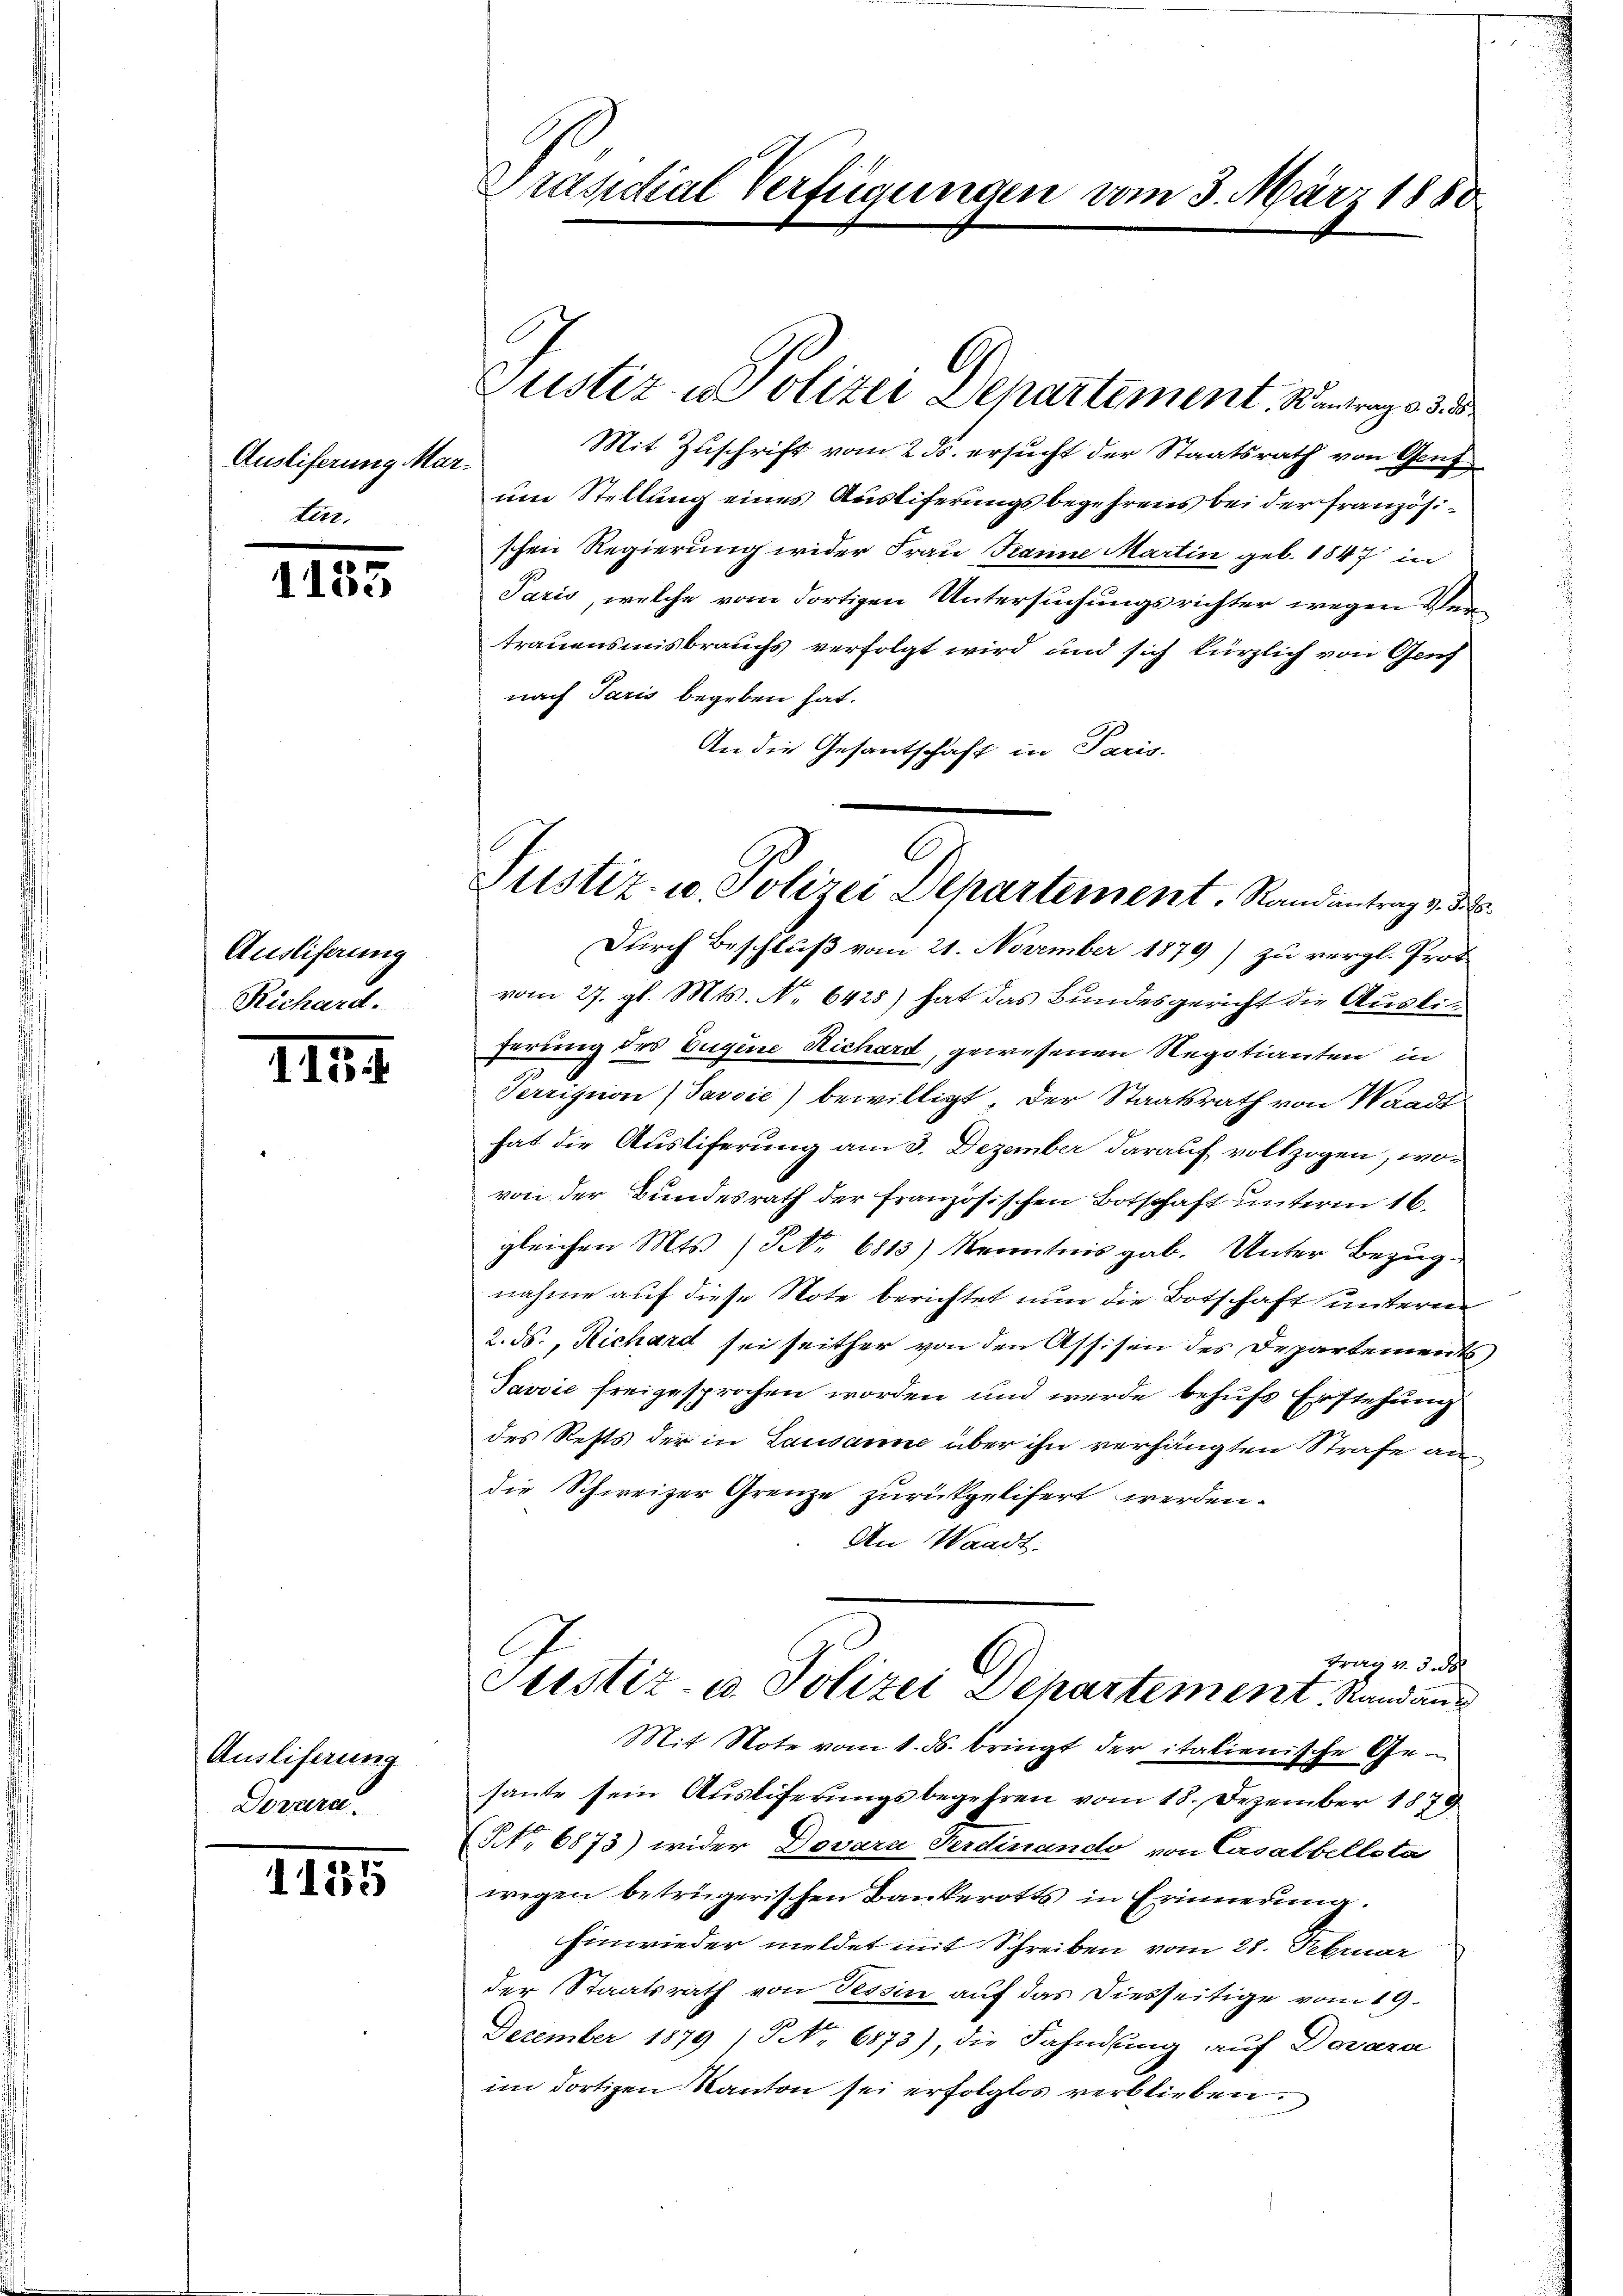
Ausliferung Mar¬
Lett

1153

Ausliferung
Richard.

1114.

Ausliferung
Dowera.

1155

Präsidial Verfügungen vom 3. März 1888

Mit Zuschrift vom 2. ds. ersucht der Staatsrath von Genf
um Stellung eines Ausliferungsbegehrens bei der Französischen Regierung wider Frau Teanne Martin geb. 1847 in
Paris, welche vom dortigen Untersuchungsrichter wegen Vertrauensmisbrauchs verfolgt wird und sich kürzlich von Genf
nach Paris begeben hat.
An die Gesantschaft in Paris.
Durch Beschluß vom 21. November 1879) zu vergl. Prot
vom 27. gl. Mts. No 6428) hat das Bundesgericht die Ausli
ferung des Eugene Richard, gewesenen Regotianten in
Perrission (Javvić) bewilligt, der Staatsrath von Waadt
hat die Austiferung am 3. Dezember darauf vollzogen, wovon der Bundesrath der französischen Botschaft unterm 16.
gleichen Mts. (Nr. 6813) Kenntnis gab. Unter Bezugnahme auf diese Note berichtet nun die Botschaft untern
2. ds., Richard sei seither von den Assisen des Departements,
Javvić freigesprochen worden und werde behufs Erstehung
des Rests der in Lausanne über ihn verhängten Strafe an
die Schweizer Grenze zurückgelifert werden.
An Waadt,
Frag v. 5. d
Justiz- u. Polizei Departement Standang
Mit Note vom 1. ds. bringt der italienische Gehaute sein Ausliferungsbegehren vom 18. Dezember 1879
NNo. 6873) wider Dovara Ferdinando von Casalbellota
wegen betrügerischen Bankerotts in Erinnerung.
hinwieder meldet mit Schreiben vom 28. Februar
der Staatsrath von Tessin auf das Diesseitige vom 19.
December 1879 NNo. 6873), die Fahndung auf Dovara
im dortigen Kanton sei erfolglos verblieben.

Justiz - Polizei Departement. Kontrag des

Justiz- u. Polizei Departement. Randantrag v. M.